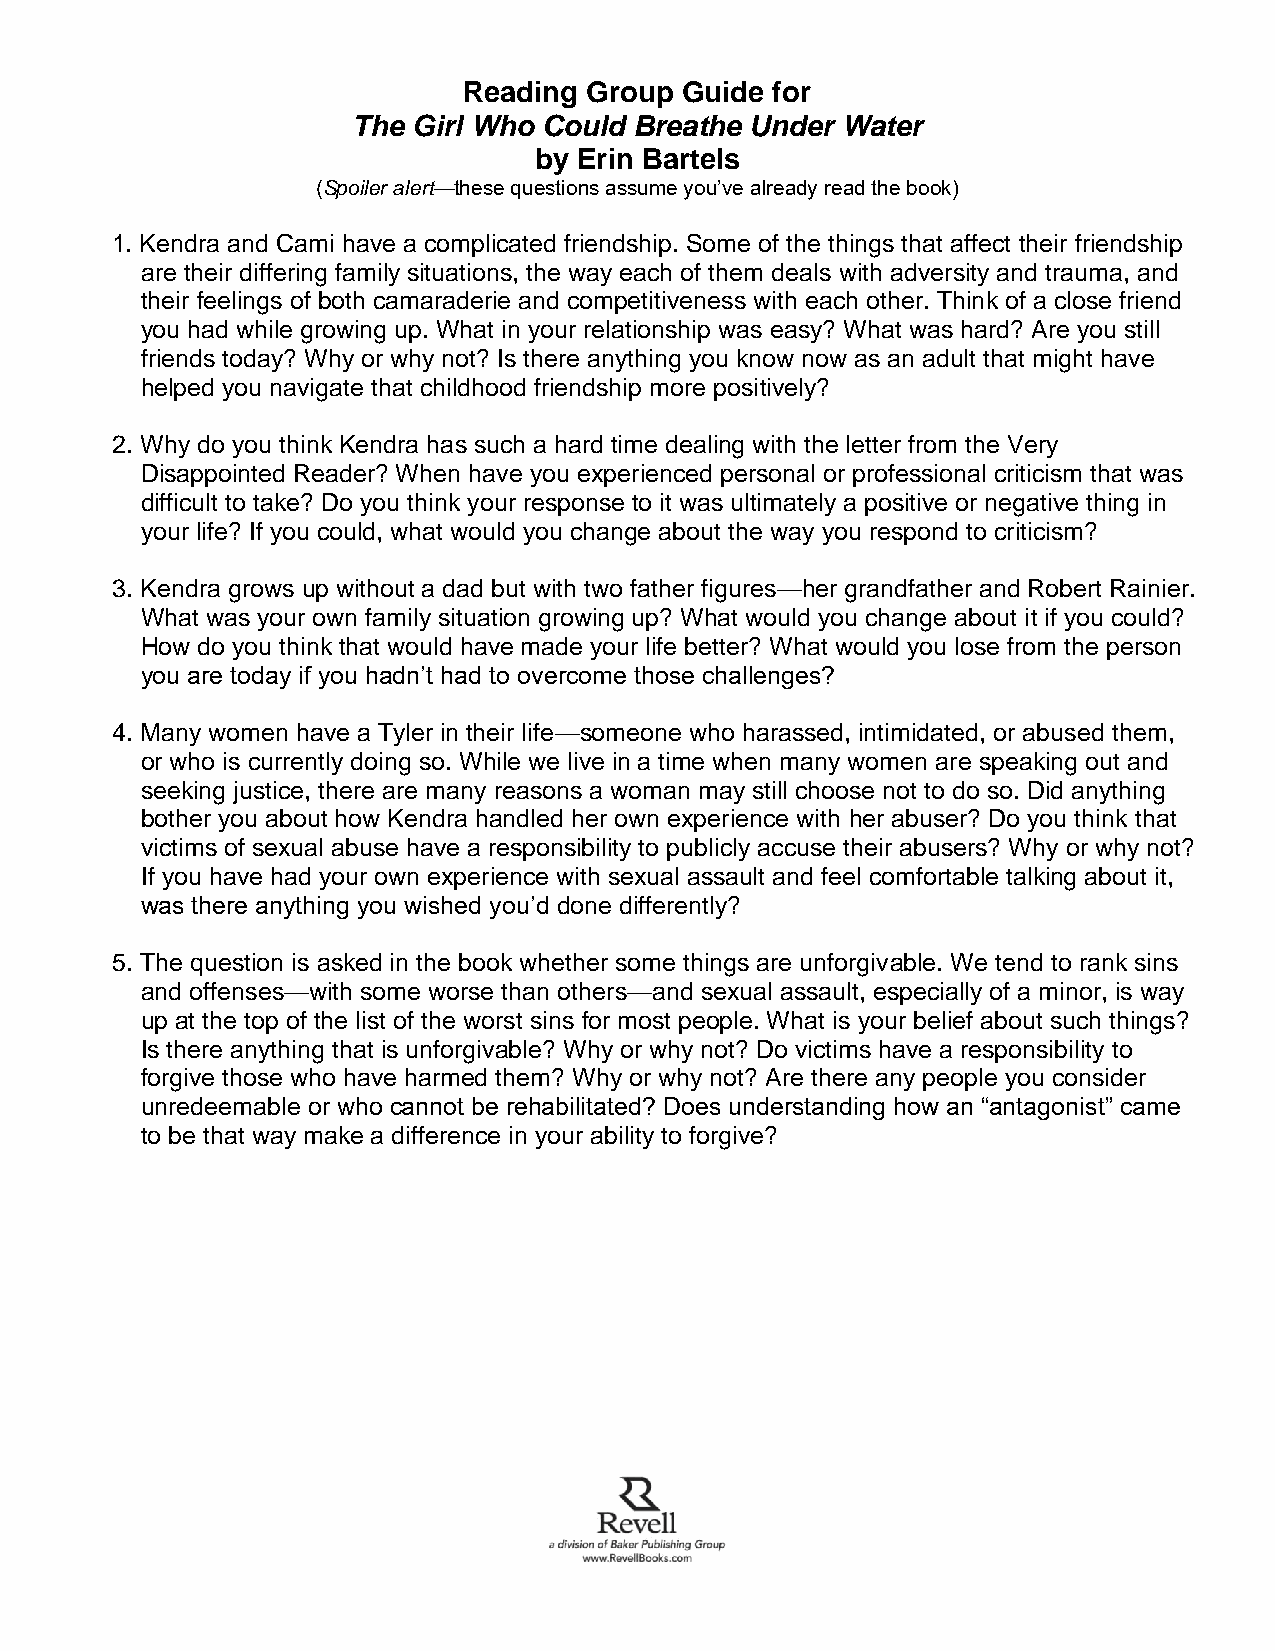
Reading Group Guide for
 The Girl Who Could Breathe Under Water
 by Erin Bartels
 (Spoiler alert—these questions assume you’ve already read the book)
 1. Kendra and Cami have a complicated friendship. Some of the things that affect their friendship
 are their differing family situations, the way each of them deals with adversity and trauma, and
 their feelings of both camaraderie and competitiveness with each other. Think of a close friend
 you had while growing up. What in your relationship was easy? What was hard? Are you still
 friends today? Why or why not? Is there anything you know now as an adult that might have
 helped you navigate that childhood friendship more positively?
 2. Why do you think Kendra has such a hard time dealing with the letter from the Very
 Disappointed Reader? When have you experienced personal or professional criticism that was
 difficult to take? Do you think your response to it was ultimately a positive or negative thing in
 your life? If you could, what would you change about the way you respond to criticism?
 3. Kendra grows up without a dad but with two father figures—her grandfather and Robert Rainier.
 What was your own family situation growing up? What would you change about it if you could?
 How do you think that would have made your life better? What would you lose from the person
 you are today if you hadn’t had to overcome those challenges?
 4. Many women have a Tyler in their life—someone who harassed, intimidated, or abused them,
 or who is currently doing so. While we live in a time when many women are speaking out and
 seeking justice, there are many reasons a woman may still choose not to do so. Did anything
 bother you about how Kendra handled her own experience with her abuser? Do you think that
 victims of sexual abuse have a responsibility to publicly accuse their abusers? Why or why not?
 If you have had your own experience with sexual assault and feel comfortable talking about it,
 was there anything you wished you’d done differently?
 5. The question is asked in the book whether some things are unforgivable. We tend to rank sins
 and offenses—with some worse than others—and sexual assault, especially of a minor, is way
 up at the top of the list of the worst sins for most people. What is your belief about such things?
 Is there anything that is unforgivable? Why or why not? Do victims have a responsibility to
 forgive those who have harmed them? Why or why not? Are there any people you consider
 unredeemable or who cannot be rehabilitated? Does understanding how an “antagonist” came
 to be that way make a difference in your ability to forgive?